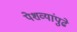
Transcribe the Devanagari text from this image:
पेशव्यांपुढे